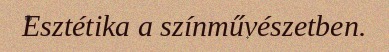
Esztétika a színművészetben.